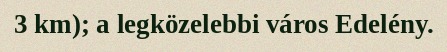
3 km); a legközelebbi város Edelény.